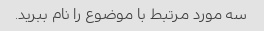
سه مورد مرتبط با موضوع را نام ببرید.